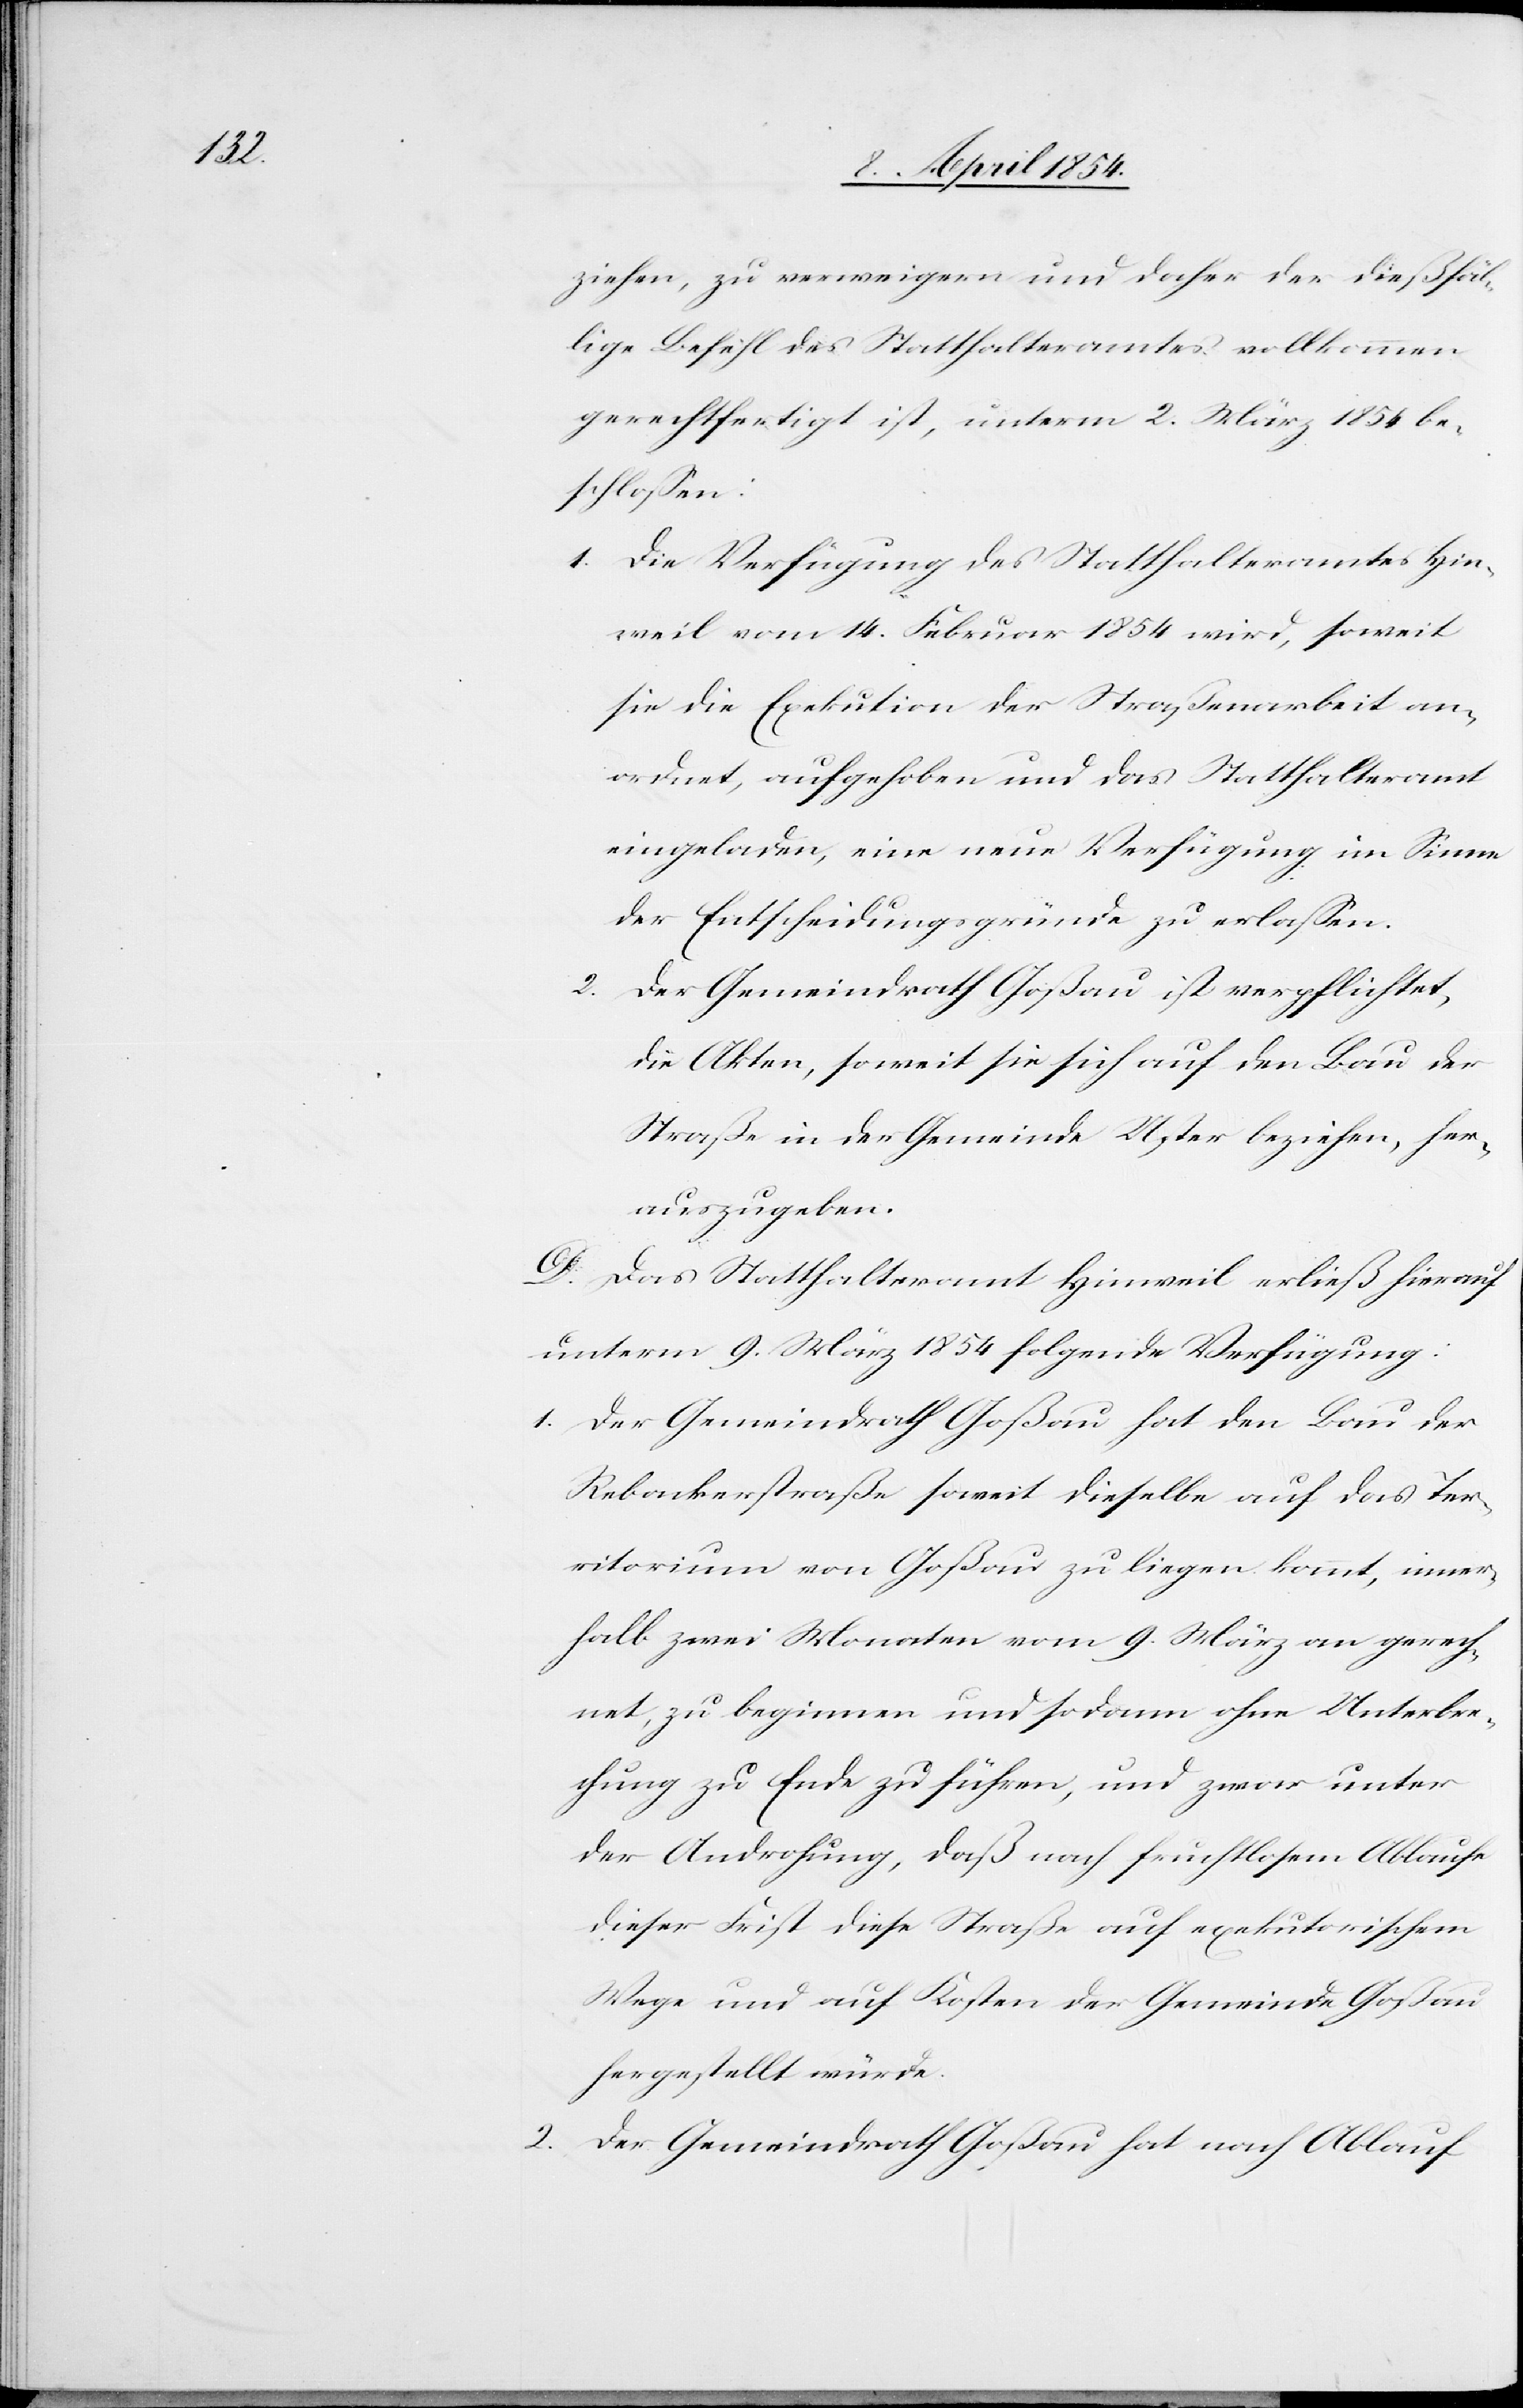
ziehen, zu verweigern und daher der dießfäl¬
lige Befehl des Statthalteramtes vollkommen
gerechtfertigt ist, unterm 2. März 1854 be¬
schloßen:
1. Die Verfügung des Statthalteramtes Hin¬
weil vom 14. Februar 1854 wird, soweit
sie die Exekution der Straßenarbeiten an¬
ordnet, aufgehoben und das Statthalteramt
eingeladen, eine neue Verfügung im Sinne
der Entscheidungsgründe zu erlaßen.
2.
Der Gemeindrath Goßau ist verpflichtet,
die Akten, soweit sie sich auf den Bau der
Straße in der Gemeinde Uster beziehen, her¬
auszugeben.
D. Das Statthalteramt Hinweil erließ hierauf
unterm 9. März 1854 folgende Verfügung:
1. Der Gemeindrath Goßau hat den Bau der
Rebackerstraße soweit dieselbe auf das Ter¬
ritorium von Goßau zu liegen kommt, inner¬
halb zwei Monaten vom 9. März an gerech¬
net, zu beginnen und sodann ohne Unterbre¬
chung zu Ende zu führen, und zwar unter
der Androhung, daß nach fruchtlosem Ablaufe
dieser Frist diese Straße auf exekutorischem
Wege und auf Kosten der Gemeinde Goßau
hergestellt würde.
2. Der Gemeindrath Goßau hat nach Ablauf